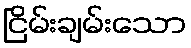
ငြိမ်းချမ်းသော